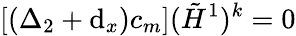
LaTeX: [(\Delta_{2}+\mathrm{d}_{x})c_{m}]({\tilde{{H}}}^{1})^{k}=0